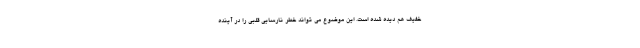
خفیف هم دیده شده است. این موضوع می تواند خطر نارسایی قلبی را در آینده